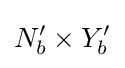
N_{b}^{\prime }\times Y_{b}^{\prime }